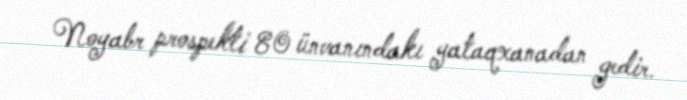
Noyabr prospekti 80 ünvanındakı yataqxanadan gedir.